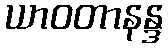
ယာဝတာနန္ဒ